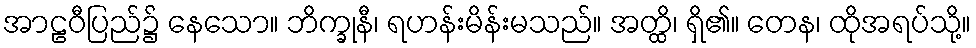
အာဠဝီပြည်၌ နေသော။ ဘိက္ခုနီ၊ ရဟန်းမိန်းမသည်။ အတ္ထိ၊ ရှိ၏။ တေန၊ ထိုအရပ်သို့။